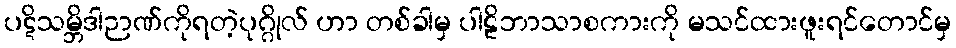
ပဋိသမ္ဘိဒါဉာဏ်ကိုရတဲ့ပုဂ္ဂိုလ် ဟာ တစ်ခါမှ ပါဠိဘာသာစကားကို မသင်ထားဖူးရင်တောင်မှ